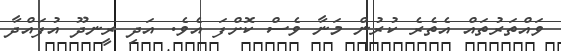
ވައްތަރުތައް އެތެރެ ކުރުން މަނާ ވެސް ކޮށްފަ އެވެ. އަދި ރީނދޫ އުފައްދާ